Reports on dispensaries and lunatic asylums in the Province of Oudh - 1869-1876
Year: 1869
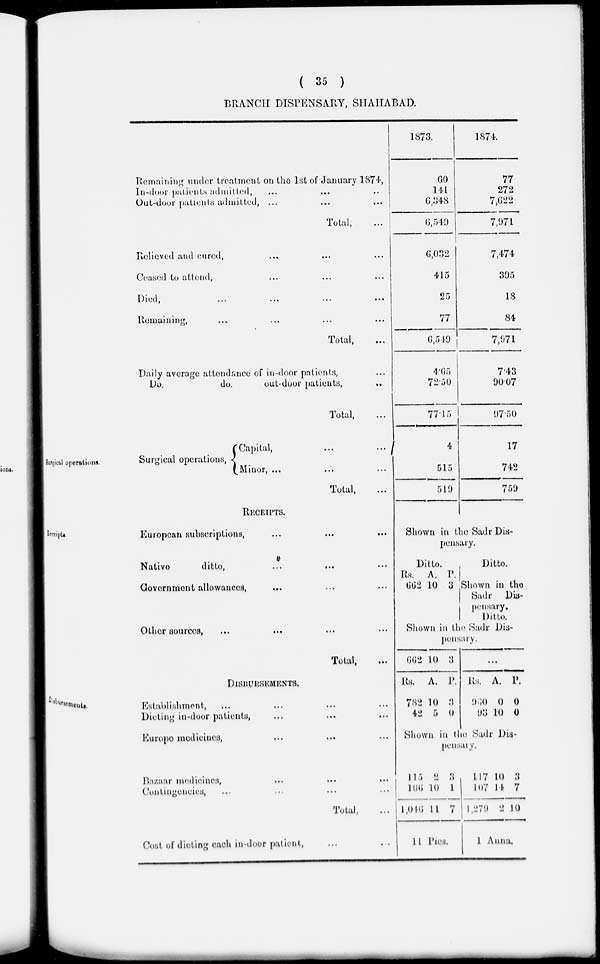
( 35 )
BRANCH DISPENSARY, SHAHABAD.
Remaining under treatment on the 1st of January 1874,
In-door patients admitted, ... ... ...
Out-door patients admitted, ... ... ...
Total, ...
Relieved and cured, ... ... ...
Ceased to attend, ... ... ...
Died, ... ... ... ...
Remaining, ... ... ... ...
Total, ...
Daily average attendance of in-door patients, ...
Do,
do.
out-door patients, ...
Total, ...
1873.
60
144
6,348
6,540
6,032
415
25
77
6,549
4.65
72.50
77.15
1874.
77
272
7,622
7,971
7,474
395
13
84
7,971
7.43
90.07
97.50
Surgical operations.
Surgical operations,
Capital,
Minor, ...
...
...
Total,
...
...
...
4
515
519
17
742
759
Receipts.
RECEIPTS.
European subscriptions, ... ... ...
Native
ditto, ... ... ...
Government allowances, ... ... ...
Other sources, ... ... ... ...
Total, ...
Shown in the Sadr Dis-
pensary.
Ditto.
Rs.
662
A.
10
P.
3
Ditto.
Shown in the
Sadr Dis-
pensary.
Ditto.
Shown in the Sadr Dis-
pensary.
662 10 3
...
Disbursements.
DISBURSEMENTS.
Establishment, ... ... ... ...
Dieting in-door patients, ... ... ...
Europe medicines, ... ... ...
Bazaar medicines, ... ... ...
Contingencies, ... ... ... ...
Total, ...
Cost of dieting each in-door patient, ... ...
Rs.
782
42
A.
10
5
P.
3
0
Rs.
960
93
A.
0
10
P.
0
0
Shown in the Sadr Dis-
pensary.
115
106
1,046
2
10
11
3
1
7
11 Pies.
117
107
1,279
10
14
2
3
7
10
1 Anna.